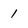
Character: 1